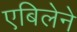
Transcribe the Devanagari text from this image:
एबिलेने